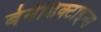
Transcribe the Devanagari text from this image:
बेनेडिक्टाइन्स